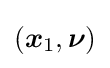
({\boldsymbol {x}}_{1},{\boldsymbol {\nu }})